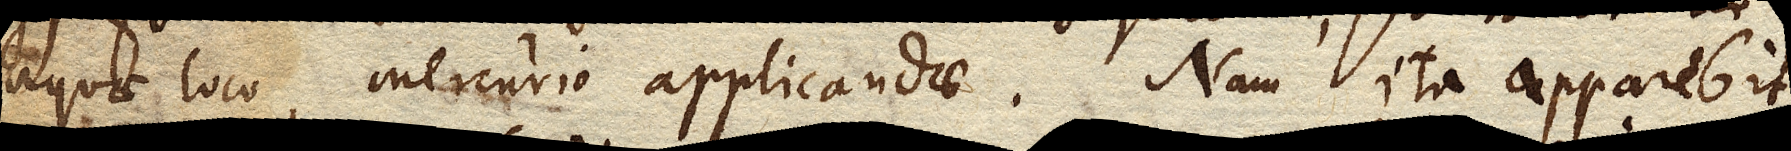
aquae loco Mercurio applicandae. Nam ita apparebit,